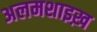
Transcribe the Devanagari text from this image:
अलमशाइख़